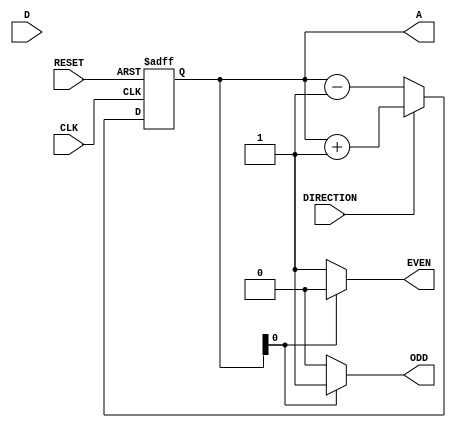
module code_coverage
	#(parameter REG_WIDTH = 8)
	(output reg [REG_WIDTH-1:00] A,
	input wire DIRECTION,
	output reg ODD, EVEN,
	input CLK, RESET,
	input [REG_WIDTH-1:00] D);

	always@(posedge CLK or posedge RESET)
		if (RESET == 1'b1)
			A <= 'd0;
		else
			A <= DIRECTION ? A + 1 : A-1;

	always@*
		if (A[0])
			EVEN = 1'b0;
		else
			EVEN = 1'b1;

	always@*
		if (A[0])
			ODD = 1'b1;
		else
			ODD = 1'b0;
endmodule